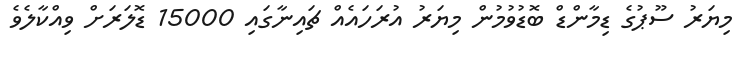
މިޔަރު ސޫޕުގެ ޑިމާންޑް ބޮޑުވުމުން މިޔަރު އުރަހައެއް ޗައިނާގައި 15000 ޑޮލަރަށް ވިއްކާލެވެ